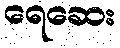
ရေဆေး